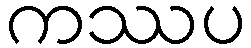
ကဿပ